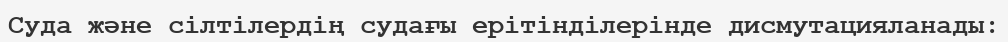
Суда және сілтілердің судағы ерітінділерінде дисмутацияланады: